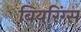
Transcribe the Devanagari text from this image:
बियरिंग्स